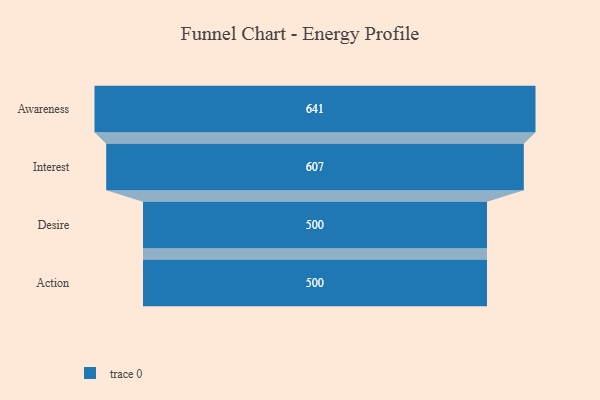
{"axis": {"x": "Stage", "y": "Value"}, "legend": [""], "data": [{"x": "Awareness", "y": 641.0, "type": ""}, {"x": "Interest", "y": 607.0, "type": ""}, {"x": "Desire", "y": 500, "type": ""}, {"x": "Action", "y": 500, "type": ""}]}